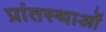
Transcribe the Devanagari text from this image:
प्रांतस्थाओं